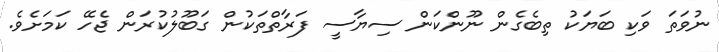
ނުވަތަ ވަކި ބަޔަކު ތިބެގެން ނޫންކަން ސިޔާސީ ފަރާތްތަކުން ގަބޫލުކުރަން ޖެހޭ ކަމަށެވެ.